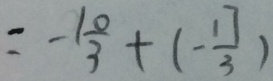
= - \frac { 1 0 } { 3 } + ( - \frac { 1 7 } { 3 } )